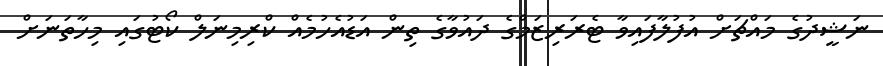
ނަޝީދުގެ މައްޗަށް އުފުލާފައިވާ ޓެރަރިޒަމްގެ ދައުވާގެ ތިން އަޑުއެހުމެއް ކްރިމިނަލް ކޯޓުގައި މިހާތަނަށް